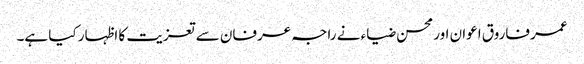
عمر فاروق اعوان اور محسن ضیاء نے راجہ عرفان سے تعزیت کا اظہار کیا ہے۔